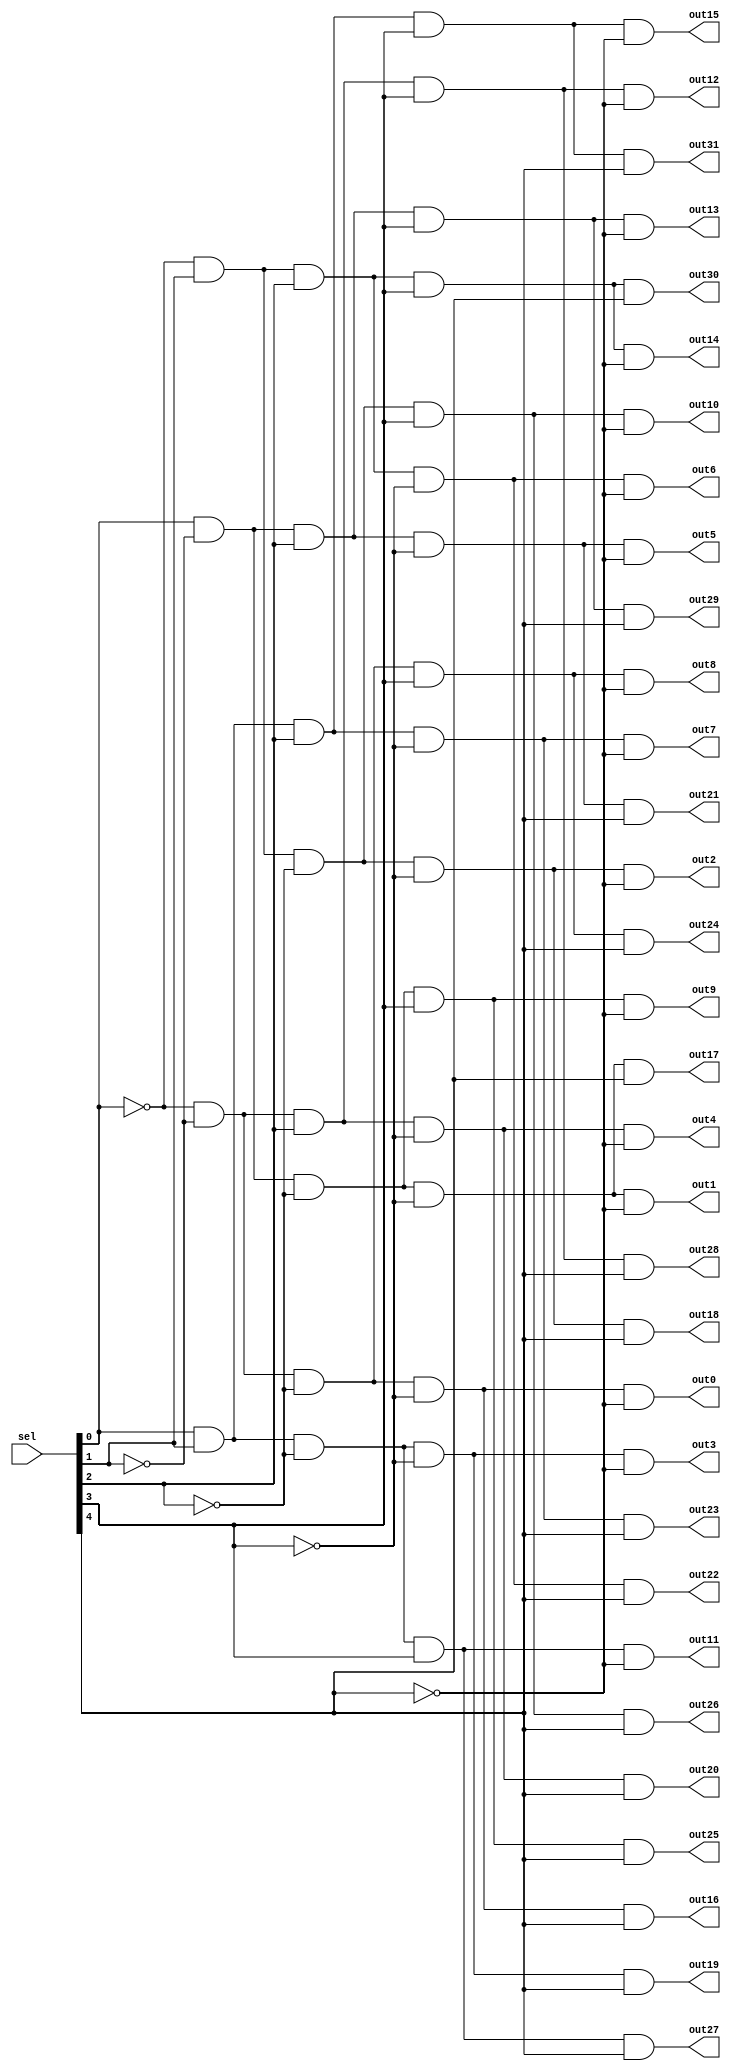
module decoder_32(sel, 
	out0, out1, out2, out3, out4, out5, out6, out7, 
	out8, out9, out10, out11, out12, out13, out14, out15, 
	out16, out17, out18, out19, out20, out21, out22, out23,
	out24, out25, out26, out27, out28, out29, out30, out31
);
	//Inputs
   input [4:0] sel;

   //Output
   output out0, out1, out2, out3, out4, out5, out6, out7, 
	out8, out9, out10, out11, out12, out13, out14, out15, 
	out16, out17, out18, out19, out20, out21, out22, out23,
	out24, out25, out26, out27, out28, out29, out30, out31;
	
	wire n0o, n1o, n2o, n3o, n4o;
	
	not n0(n0o, sel[0]);
	not n1(n1o, sel[1]);
	not n2(n2o, sel[2]);
	not n3(n3o, sel[3]);
	not n4(n4o, sel[4]);
	
	and a0(out0, n0o, n1o, n2o, n3o, n4o);
	and a1(out1, sel[0], n1o, n2o, n3o, n4o);
	and a2(out2, n0o, sel[1], n2o, n3o, n4o);
	and a3(out3, sel[0], sel[1], n2o, n3o, n4o);
	and a4(out4, n0o, n1o, sel[2], n3o, n4o);
	and a5(out5, sel[0], n1o, sel[2], n3o, n4o);
	and a6(out6, n0o, sel[1], sel[2], n3o, n4o);
	and a7(out7, sel[0], sel[1], sel[2], n3o, n4o);
	and a8(out8, n0o, n1o, n2o, sel[3], n4o);
	and a9(out9, sel[0], n1o, n2o, sel[3], n4o);
	and a10(out10, n0o, sel[1], n2o, sel[3], n4o);
	and a11(out11, sel[0], sel[1], n2o, sel[3], n4o);
	and a12(out12, n0o, n1o, sel[2], sel[3], n4o);
	and a13(out13, sel[0], n1o, sel[2], sel[3], n4o);
	and a14(out14, n0o, sel[1], sel[2], sel[3], n4o);
	and a15(out15, sel[0], sel[1], sel[2], sel[3], n4o);
	and a16(out16, n0o, n1o, n2o, n3o, sel[4]);
	and a17(out17, sel[0], n1o, n2o, n3o, sel[4]);
	and a18(out18, n0o, sel[1], n2o, n3o, sel[4]);
	and a19(out19, sel[0], sel[1], n2o, n3o, sel[4]);
	and a20(out20, n0o, n1o, sel[2], n3o, sel[4]);
	and a21(out21, sel[0], n1o, sel[2], n3o, sel[4]);
	and a22(out22, n0o, sel[1], sel[2], n3o, sel[4]);
	and a23(out23, sel[0], sel[1], sel[2], n3o, sel[4]);
	and a24(out24, n0o, n1o, n2o, sel[3], sel[4]);
	and a25(out25, sel[0], n1o, n2o, sel[3], sel[4]);
	and a26(out26, n0o, sel[1], n2o, sel[3], sel[4]);
	and a27(out27, sel[0], sel[1], n2o, sel[3], sel[4]);
	and a28(out28, n0o, n1o, sel[2], sel[3], sel[4]);
	and a29(out29, sel[0], n1o, sel[2], sel[3], sel[4]);
	and a30(out30, n0o, sel[1], sel[2], sel[3], sel[4]);
	and a31(out31, sel[0], sel[1], sel[2], sel[3], sel[4]);
	
endmodule